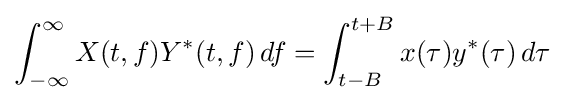
\int _{-\infty }^{\infty }X(t,f)Y^{*}(t,f)\,df=\int _{t-B}^{t+B}x(\tau )y^{*}(\tau )\,d\tau